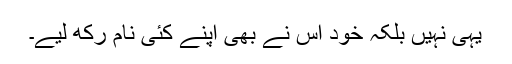
یہی نہیں بلکہ خود اس نے بھی اپنے کئی نام رکھ لیے۔